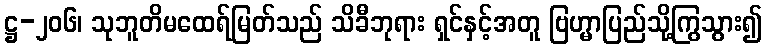
ဋ္ဌ-၂၀၆၊ သုဘူတိမထေရ်မြတ်သည် သိခီဘုရား ရှင်နှင့်အတူ ဗြဟ္မာပြည်သို့ကြွသွား၍